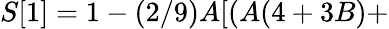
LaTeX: S[1]=1-(2/9)A[(A(4+3B)+